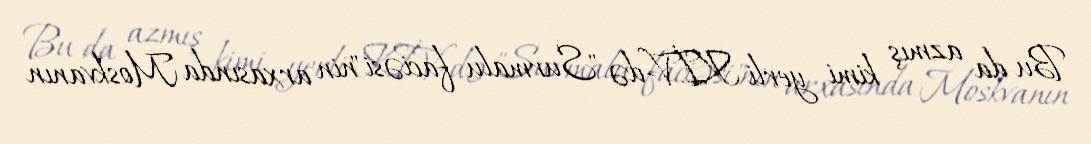
Bu da azmış kimi yerli KİV-də "Surmalu faciəsi"nin arxasında Moskvanın